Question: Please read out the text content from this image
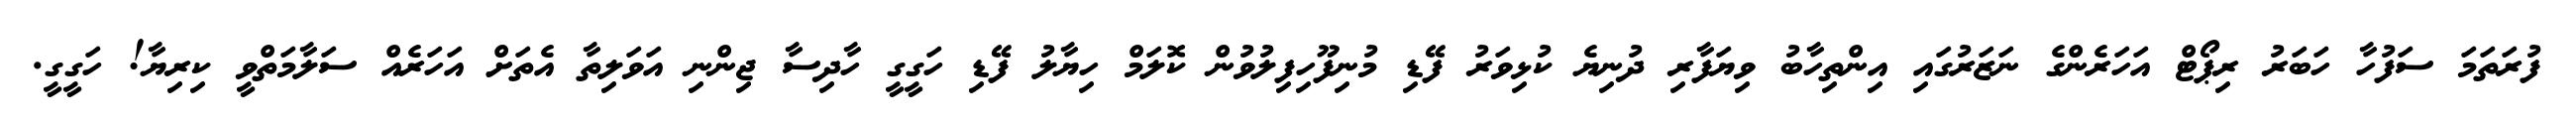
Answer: ފުރަތަމަ ސަފުހާ ހަބަރު ރިޕޯޓް އަހަރެންގެ ނަޒަރުގައި އިންތިހާބު ވިޔަފާރި ދުނިޔެ ކުޅިވަރު ފޭޑި މުނިފޫހިފިލުވުން ކޮލަމް ހިޔާލު ފޭޑި ހަގީގީ ހާދިސާ ޖިންނި އަވަލިތާ އެތަށް އަހަރެއް ސަލާމަތްވީ ކިރިޔާ! ހަގީގީ.